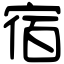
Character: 宿